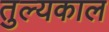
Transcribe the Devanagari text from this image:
तुल्यकाल